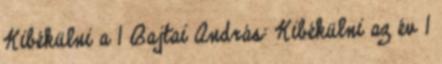
Kibékülni a 1 Bajtai András: Kibékülni az év 1